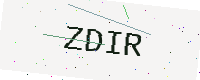
Text: ZDIR